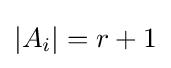
|A_{i}|=r+1